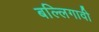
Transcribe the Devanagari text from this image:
बल्लिगावी